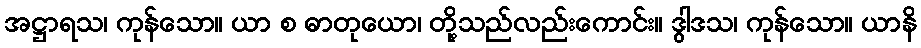
အဋ္ဌာရသ၊ ကုန်သော။ ယာ စ ဓာတုယော၊ တို့သည်လည်းကောင်း။ ဒွါဒသ၊ ကုန်သော။ ယာနိ